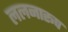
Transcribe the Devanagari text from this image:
ललनारूप